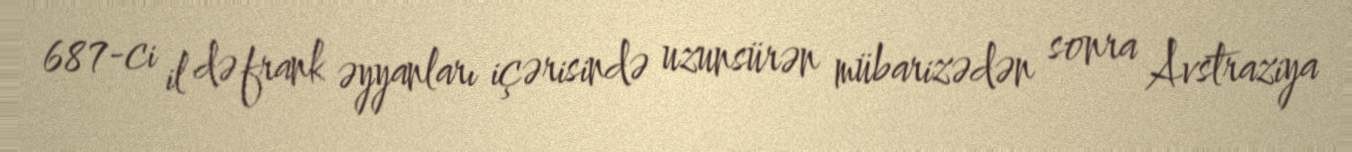
687-ci il də frank əyyanları içərisində uzunsürən mübarizədən sonra Avstraziya